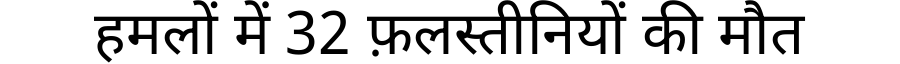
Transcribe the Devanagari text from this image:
हमलों में 32 फ़लस्तीनियों की मौत